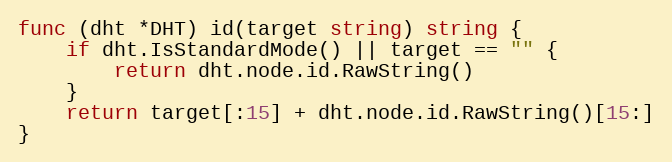
Language: Go
func (dht *DHT) id(target string) string {
	if dht.IsStandardMode() || target == "" {
		return dht.node.id.RawString()
	}
	return target[:15] + dht.node.id.RawString()[15:]
}